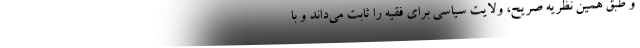
و طبق همین نظریه صریح، ولایت سیاسی برای فقیه را ثابت می‌داند و با